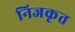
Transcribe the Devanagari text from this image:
निजकृत